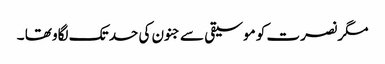
مگر نصرت کو موسیقی سے جنون کی حد تک لگاو تھا ۔